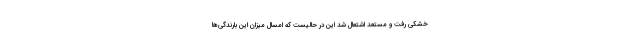
خشکی رفت و مستعد اشتعال شد این در حالیست که امسال میزان این بارندگی‌ها